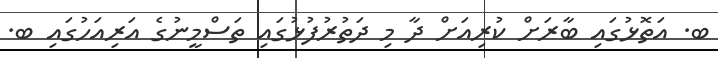
ބ. އަތޮޅުގައި ބާރަށް ކުރިއަށް ދާ މި ދަތުރުފުޅުގައި ތަސްމީނުގެ އަރިއަހުގައި ބ.